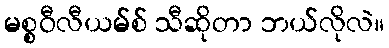
မစ္စဝီလီယမ်စ် သီဆိုတာ ဘယ်လိုလဲ။